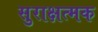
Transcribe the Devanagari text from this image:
सुराक्षत्मक